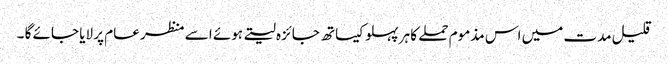
قلیل مدت میں اس مذموم حملے کا ہر پہلو کیساتھ جائزہ لیتے ہوئے اسے منظر عام پر لایا جائے گا ۔